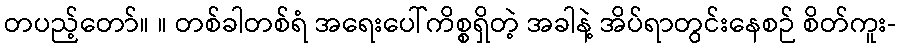
တပည့်တော်။ ။ တစ်ခါတစ်ရံ အရေးပေါ်ကိစ္စရှိတဲ့ အခါနဲ့ အိပ်ရာတွင်းနေစဉ် စိတ်ကူး-